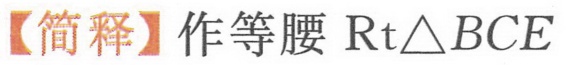
【简释】作等腰\(\text{Rt}\triangle BCE\)